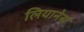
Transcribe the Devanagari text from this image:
लियानेस